EAOK_Sinod, lk 128
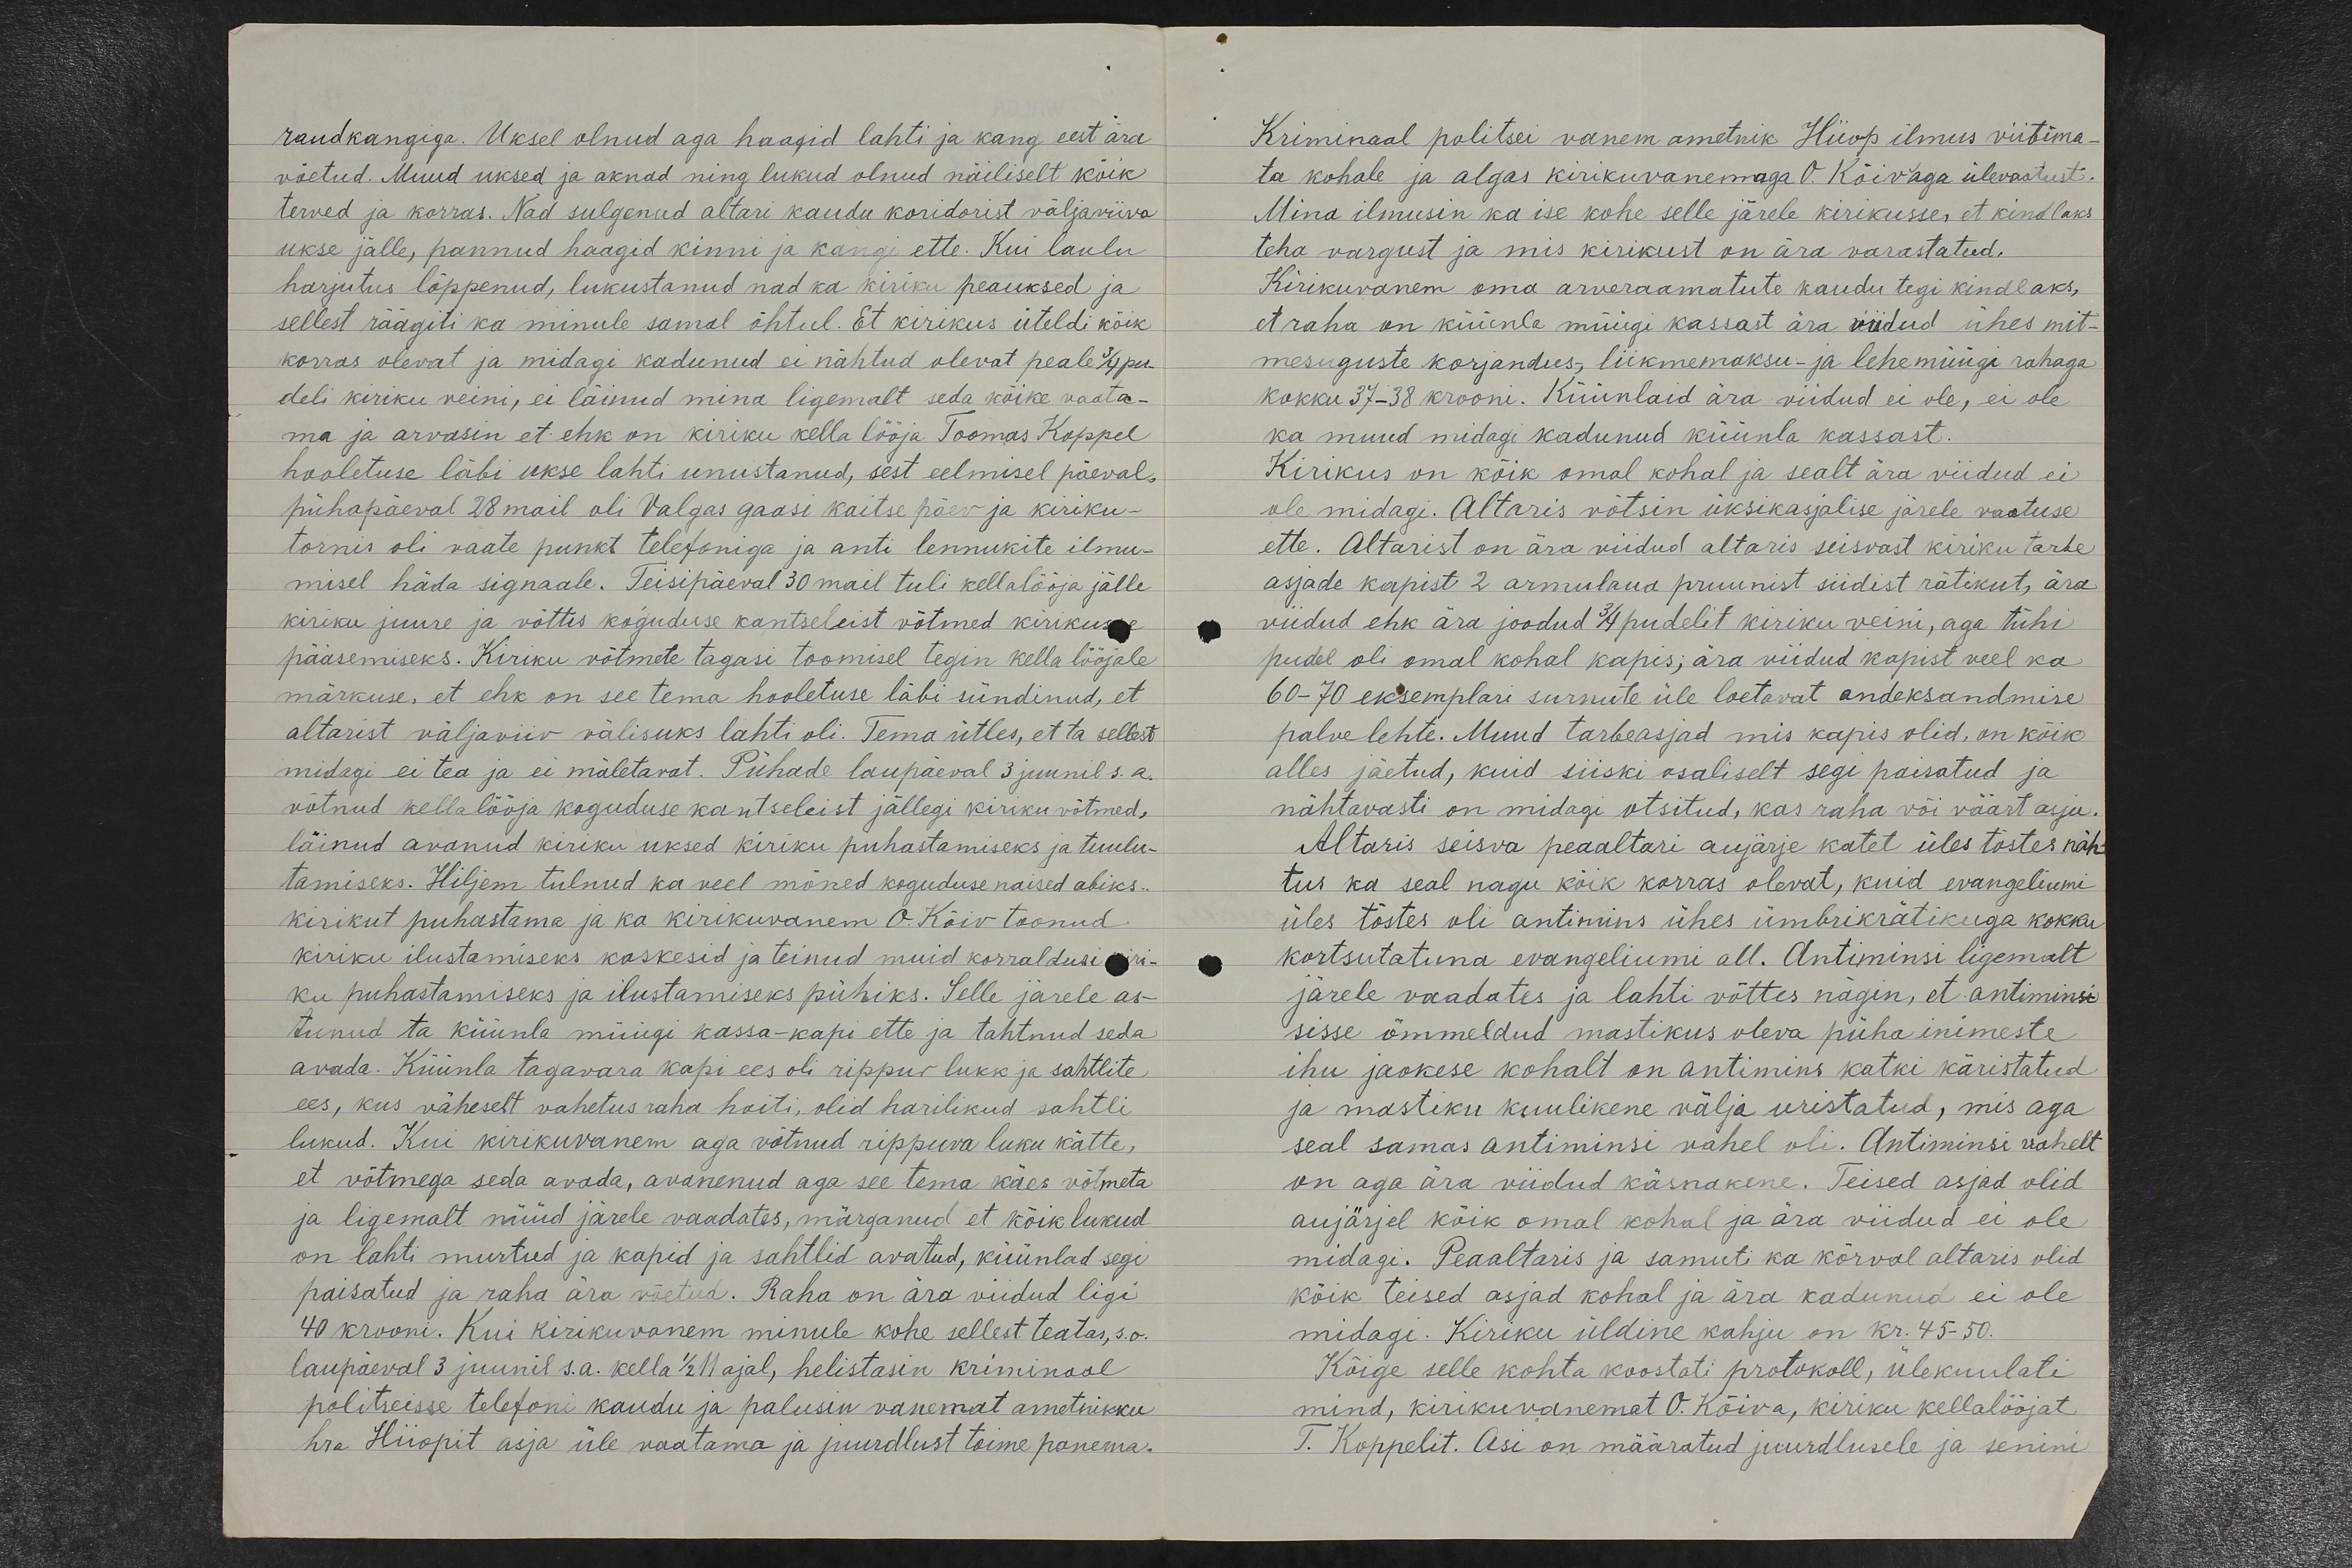
raudkangiga. Uksel olnud aga haagid lahti ja kang eest ära
võetud. Muud uksed ja aknad ning lukud olnud näiliselt kõik
terved ja korras. Nad sulgenud altari kaudu koridorist väljaviiva
ukse jälle, pannud haagid kinni ja kangi ette. Kui laulu
harjutus lõppenud, lukustanud nad ka kiriku peauksed ja
sellest räägiti ka minule samal õhtul. Et kirikus üteldi kõik
korras olevat ja midagi kadunud ei nähtud olevat peale 3/4 pu-
deli kiriku veini, ei läinud mina ligemalt seda kõike vaata-
ma ja arvasin et ehk on kiriku kella lööja Toomas Koppel
hooletuse läbi ukse lahti unustanud, sest eelmisel päeval,
pühapäeval 28 mail oli Valgas gaasi kaitse päev ja kiriku-
tornis oli vaate punkt telefoniga ja anti lennukite ilmu-
misel häda signaale. Teisipäeval 30 mail tuli kellalööja jälle
kiriku juure ja võttis koguduse kantseleist võtmed kirikusse
pääsemiseks. Kiriku võtmete tagasi toomisel tegin kella lööjale
märkuse, et ehk on see tema hooletuse läbi sündinud, et
altarist väljaviiv välisuks lahti oli. Tema ütles, et ta sellest
midagi ei tea ja ei mäletavat. Pühade laupäeval 3 juunil s.a.
võtnud kellalööja koguduse kantseleist jällegi kiriku võtmed,
läinud avanud kiriku uksed kiriku puhastamiseks ja tuulu-
tamiseks. Hiljem tulnud ka veel mõned koguduse naised abiks..
kirikut puhastama ja ka kirikuvanem O. Kõiv toonud
kiriku ilustamiseks kaskesid ja teinud muid korraldusi kiri-
ku puhastamiseks ja ilustamiseks pühiks. Selle järele as-
tunud ta küünla müügi kassa-kapi ette ja tahtnud seda
avada. Küünla tagavara kapi ees oli rippuv lukk ja sahtlite
ees, kus väheselt vahetus raha hoiti, olid harilikud sahtli
lukud. Kui kirikuvanem aga võtnud rippuva luku kätte,
et võtmega seda avada, avanenud aga see tema käes võtmeta
ja ligemalt nüüd järele vaadates, märganud et kõik lukud
on lahti murtud ja kapid ja sahtlid avatud, küünlad segi
paisatud ja raha ära võetud. Raha on ära viidud ligi
40 krooni. Kui kirikuvanem minule kohe sellest teatas, s.o.
laupäeval 3 juunil s.a. kella 1/2 11 ajal, helistasin kriminaal
politseisse telefoni kaudu ja palusin vanemat ametnikku
hra Hiiopit asja üle vaatama ja juurdlust toime panema.

Kriminaal politsei vanem ametnik Hiiop ilmus viibima-
ta kohale ja algas kirikuvanemaga O. Kõiv`aga ülevaatust.
Mina ilmusin ka ise kohe selle järele kirikusse, et kindlaks
teha vargust ja mis kirikust on ära varastatud.
Kirikuvanem oma arveraamatute kaudu tegi kindlaks,
et raha on küünla müügi kassast ära viidud ühes mit-
mesuguste korjandus,- liikmemaksu- ja lehemüügi rahaga.
kokku 37-38 krooni. Küünlaid ära viidud ei ole, ei ole
ka muud midagi kadunud küünla kassast.
Kirikus on kõik omal kohal ja sealt ära viidud ei
ole midagi. Altaris võtsin üksikasjalise järele vaatuse
ette. Altarist on ära viidud altaris seisvast kiriku tarbe
asjade kapist 2 armulaua pruunist siidist rätikut, ära
viidud ehk ära joodud 3/4 pudelit kiriku veini, aga tühi
pudel oli omal kohal kapis; ära viidud kapist veel ka
60-70 eksemplari surnute üle loetavat andeksandmise
palvelehte. Muud tarbeasjad mis kapis olid, on kõik
alles jäetud, kuid siiski osaliselt segi paisatud ja
nähtavasti on midagi otsitud, kas raha või väärt asju.
Altaris seisva peaaltari aujärje katet üles tõstes näh-
tus ka seal nagu kõik korras olevat, kuid evangeliumi
üles tõstes oli antimins ühes ümbrikrätikuga kokku
kortsutatuna evangeliumi all. Antiminsi ligemalt
järele vaadates ja lahti võttes nägin, et antiminsi
sisse õmmeldud mastikus oleva püha inimeste
ihu jaokese kohalt on antimins katki käristatud
ja mastiku kuulikene välja uristatud, mis aga
seal samas antiminsi vahel oli. Antiminsi vahelt
on aga ära viidud käsnakene. Teised asjad olid
aujärjel kõik omal kohal ja ära viidud ei ole
midagi. Peaaltaris ja samuti ka kõrval altaris olid
kõik teised asjad kohal ja ära kadunud ei ole
midagi. Kiriku üldine kahju on kr. 45 - 50.
Kõige selle kohta koostati protokoll, ülekuulati
mind, kirikuvanemat O. Kõiva, kiriku kellalööjat
T. Koppelit. Asi on määratud juurdlusele ja senini